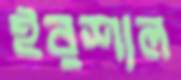
ইরশাল